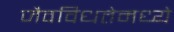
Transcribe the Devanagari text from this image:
जैवविधतेमध्ये